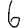
Digit: 6